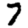
Digit: 7